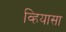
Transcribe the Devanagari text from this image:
व्हियासा